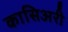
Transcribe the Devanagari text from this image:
कासिअरी